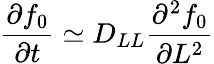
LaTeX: \frac{\partial f_{0}}{\partial t}\simeq D_{LL}\frac{\partial^{2}f_{0}}{\partial L^{2}}